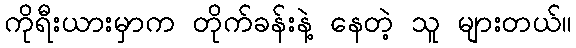
ကိုရီးယားမှာက တိုက်ခန်းနဲ့ နေတဲ့ သူ များတယ်။